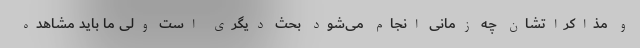
و مذاکراتشان چه زمانی انجام می‌شود بحث دیگری است ولی ما باید مشاهده